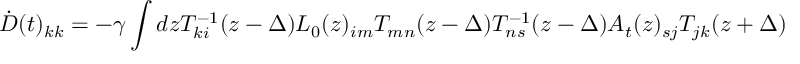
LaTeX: \dot { D } ( t ) _ { k k } = - \gamma \int d z T _ { k i } ^ { - 1 } ( z - \Delta ) L _ { 0 } ( z ) _ { i m } T _ { m n } ( z - \Delta ) T _ { n s } ^ { - 1 } ( z - \Delta ) A _ { t } ( z ) _ { s j } T _ { j k } ( z + \Delta )